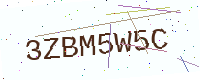
Text: 3ZBM5W5C